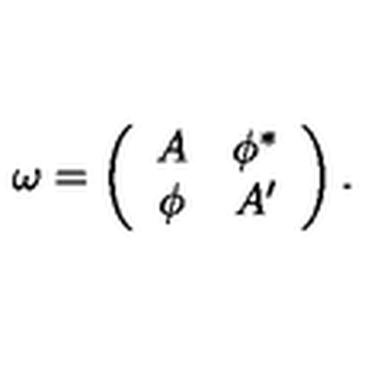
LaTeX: \omega = \left( \begin{array} { c c } { A } & { \phi ^ { * } } \\ { \phi } & { A ^ { \prime } } \\ \end{array} \right) .